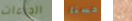
الجرعات حسنا إن